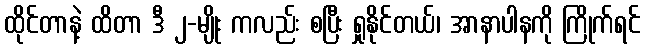
ထိုင်တာနဲ့ ထိတာ ဒီ ၂-မျိုး ကလည်း စပြီး ရှုနိုင်တယ်၊ အာနာပါနကို ကြိုက်ရင်